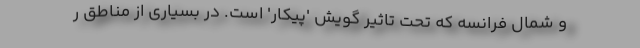
و شمال فرانسه که تحت تاثیر گویش 'پیکار' است. در بسیاری از مناطق ر